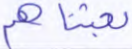
بعثناهم